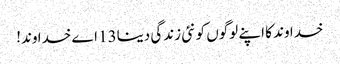
خدا وند کا اپنے لوگوں کو نئی زندگی دینا13 اے خدا وند!